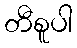
တီစူပါ